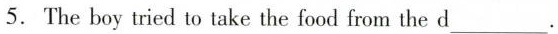
5. The boy tried to take the food from the \underline{d}___.